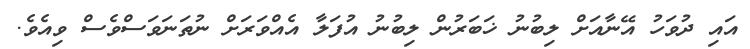
އައި ދުވަހު އޭނާއަށް ލިބުނު ޚަބަރުން ލިބުނު އުފަލާ އެއްވަރަށް ނުތަނަވަސްވެސް ވިއެވެ.